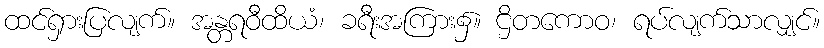
ထင်ရှားပြလျက်။ အန္တရဝီထိယံ၊ ခရီးအကြား၌။ ဌိတကောဝ၊ ရပ်လျက်သာလျှင်။